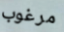
مرغوب